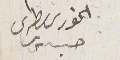
الخورى بطرس حبس